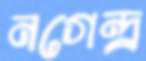
নগেন্দ্র্র